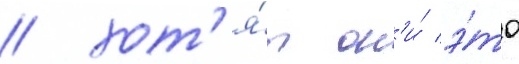
/ хот'я́т он'и́ э́то